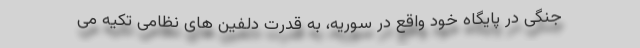
جنگی در پایگاه خود واقع در سوریه، به قدرت دلفین های نظامی تکیه می